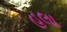
હલા